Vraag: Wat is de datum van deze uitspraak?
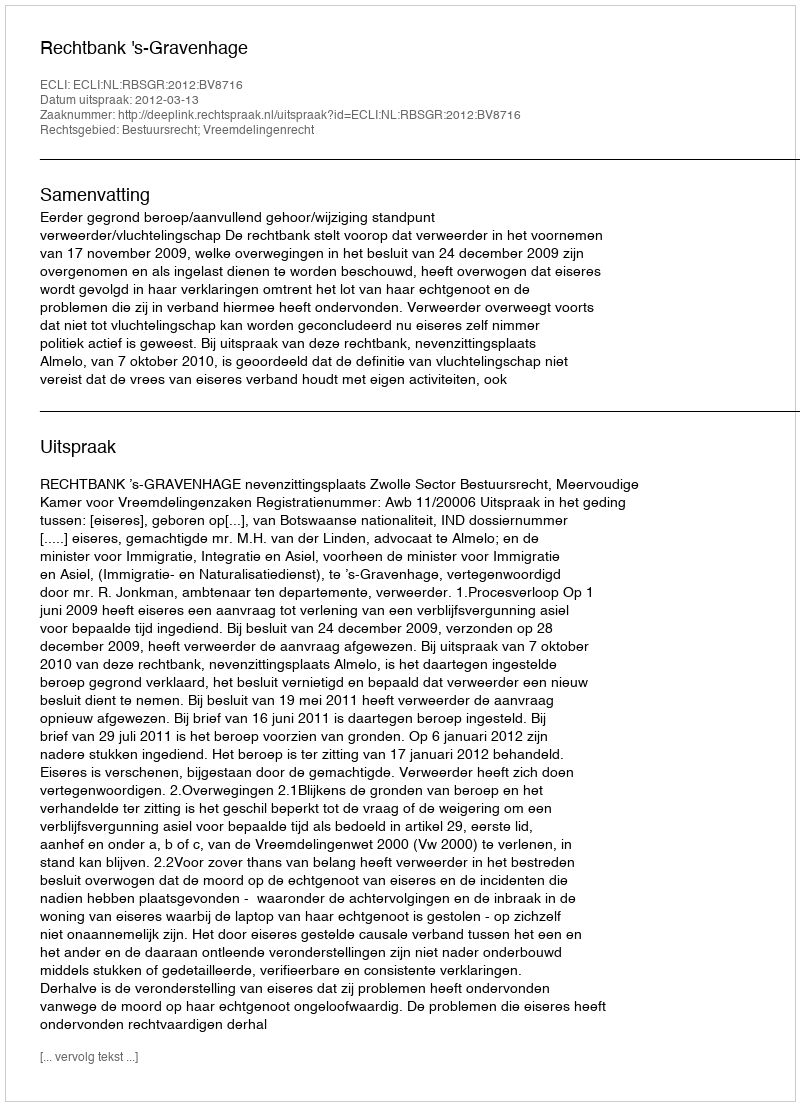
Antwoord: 2012-03-13